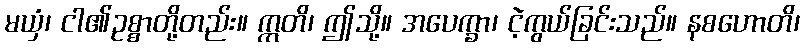
မယှံ၊ ငါ၏ဥစ္စာတို့တည်း။ ဣတိ၊ ဤသို့။ အပေက္ခာ၊ ငဲ့ကွယ်ခြင်းသည်။ နစဟောတိ၊